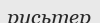
русьтер